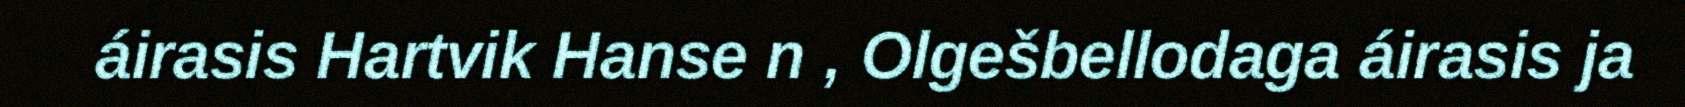
áirasis Hartvik Hanse n , Olgešbellodaga áirasis ja